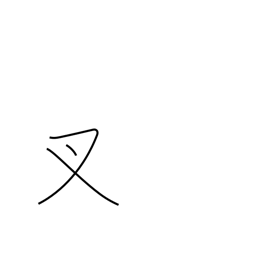
Meaning: crotch